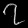
Digit: ၇